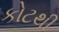
કોટથી